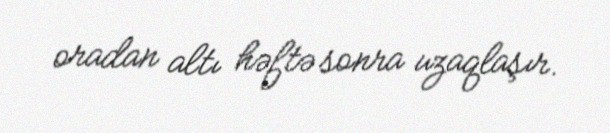
oradan altı həftə sonra uzaqlaşır.